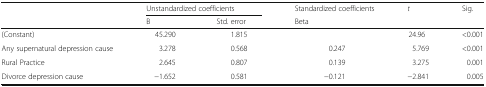
<table><thead><tr><td rowspan="2"></td><td colspan="2"><b>Unstandardized coefficients</b></td><td><b>Standardized coefficients</b></td><td rowspan="2"><b><i>t</i></b></td><td rowspan="2"><b>Sig.</b></td></tr><tr><td><b>B</b></td><td><b>Std. error</b></td><td><b>Beta</b></td></tr></thead><tbody><tr><td>(Constant)</td><td>45.290</td><td>1.815</td><td></td><td>24.96</td><td>&lt;0.001</td></tr><tr><td>Any supernatural depression cause</td><td>3.278</td><td>0.568</td><td>0.247</td><td>5.769</td><td>&lt;0.001</td></tr><tr><td>Rural Practice</td><td>2.645</td><td>0.807</td><td>0.139</td><td>3.275</td><td>0.001</td></tr><tr><td>Divorce depression cause</td><td>−1.652</td><td>0.581</td><td>−0.121</td><td>−2.841</td><td>0.005</td></tr></tbody></table>